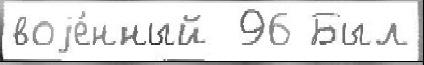
воjе́нный  96 Был